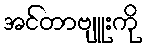
အင်တာဗျူးကို